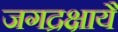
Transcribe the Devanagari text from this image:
जगद्रक्षायै